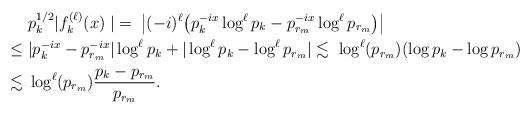
LaTeX: \begin{align*}&\; p_k^{1/2}|f^{(\ell)}_k(x)\;|=\; \big| (-i)^\ell\big( p_k^{-ix}\log^{\ell}p_k-p_{r_m}^{-ix}\log^{\ell}p_{r_m}\big)\big|\\\leq&\; |p_k^{-ix}-p_{r_m}^{-ix}|\log^{\ell}p_k+ |\log^{\ell}p_k -\log^{\ell}p_{r_m}|\lesssim \; \log^{\ell}(p_{r_m})(\log p_k-\log p_{r_m})\\\lesssim &\; \log^{\ell}(p_{r_m})\frac{p_k-p_{r_m}}{p_{r_m}}.\end{align*}